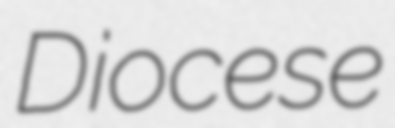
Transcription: Diocese